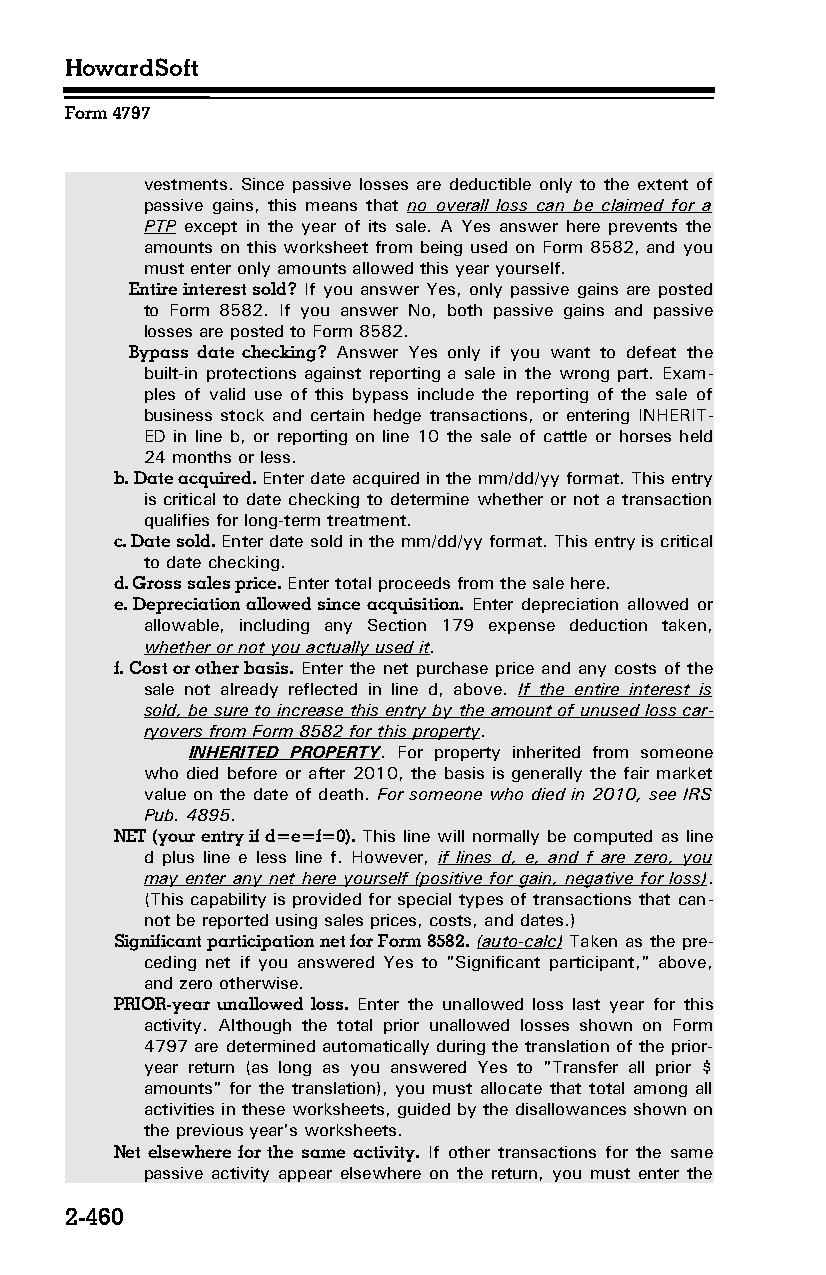
HowardSoft
 Form 4797
 vestments. Since passive losses are deductible only to the extent of
 passive gains, this means that no overall loss can be claimed for a
 PTP except in the year of its sale. A Yes answer here prevents the
 amounts on this worksheet from being used on Form 8582, and you
 must enter only amounts allowed this year yourself.
 Entire interest sold? If you answer Yes, only passive gains are posted
 to Form 8582. If you answer No, both passive gains and passive
 losses are posted to Form 8582.
 Bypass date checking? Answer Yes only if you want to defeat the
 built-in protections against reporting a sale in the wrong part. Exam­
 ples of valid use of this bypass include the reporting of the sale of
 business stock and certain hedge transactions, or entering INHERIT­
 ED in line b, or reporting on line 10 the sale of cattle or horses held
 24 months or less.
 b. Date acquired. Enter date acquired in the mm/dd/yy format. This entry
 is critical to date checking to determine whether or not a transaction
 qualifies for long-term treatment.
 c. Date sold. Enter date sold in the mm/dd/yy format. This entry is critical
 to date checking.
 d. Gross sales price. Enter total proceeds from the sale here.
 e. Depreciation allowed since acquisition. Enter depreciation allowed or
 allowable, including any Section 179 expense deduction taken,
 whether or not you actually used it.
 f. Cost or other basis. Enter the net purchase price and any costs of the
 sale not already reflected in line d, above. If the entire interest is
 sold, be sure to increase this entry by the amount of unused loss car­
 ryovers from Form 8582 for this property.
 INHERITED PROPERTY. For property inherited from someone
 who died before or after 2010, the basis is generally the fair market
 value on the date of death. For someone who died in 2010, see IRS
 Pub. 4895.
 NET (your entry if d=e=f=0). This line will normally be computed as line
 d plus line e less line f. However, if lines d, e, and f are zero, you
 may enter any net here yourself (positive for gain, negative for loss).
 (This capability is provided for special types of transactions that can­
 not be reported using sales prices, costs, and dates.)
 Significant participation net for Form 8582. (auto-calc) Taken as the pre­
 ceding net if you answered Yes to "Significant participant," above,
 and zero otherwise.
 PRIOR-year unallowed loss. Enter the unallowed loss last year for this
 activity. Although the total prior unallowed losses shown on Form
 4797 are determined automatically during the translation of the prior-
 year return (as long as you answered Yes to "Transfer all prior $
 amounts" for the translation), you must allocate that total among all
 activities in these worksheets, guided by the disallowances shown on
 the previous year's worksheets.
 Net elsewhere for the same activity. If other transactions for the same
 passive activity appear elsewhere on the return, you must enter the
 2-460